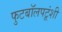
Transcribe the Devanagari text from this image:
फुटबॉलपटूंशी